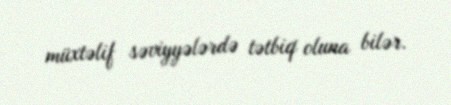
müxtəlif səviyyələrdə tətbiq oluna bilər.